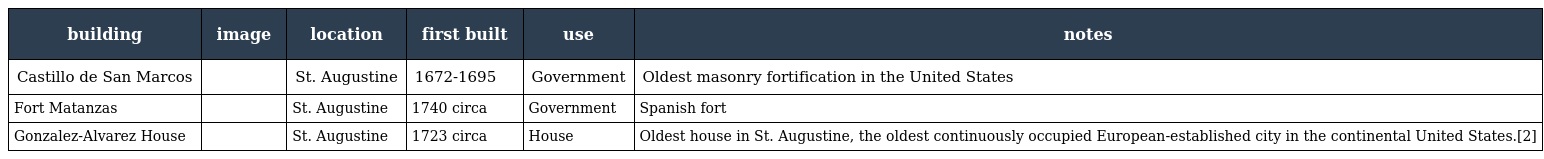
| building | image | location | first built | use | notes |
 | --- | --- | --- | --- | --- | --- |
 | Castillo de San Marcos |  | St. Augustine | 1672-1695 | Government | Oldest masonry fortification in the United States |
 | Fort Matanzas |  | St. Augustine | 1740 circa | Government | Spanish fort |
 | Gonzalez-Alvarez House |  | St. Augustine | 1723 circa | House | Oldest house in St. Augustine, the oldest continuously occupied European-established city in the continental United States.[2] |